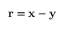
\mathbf { r } = \mathbf { x } - \mathbf { y }